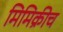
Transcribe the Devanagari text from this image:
मिमिक्रीच